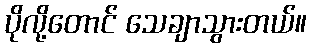
ပိုလို့တောင် သေချာသွားတယ်။